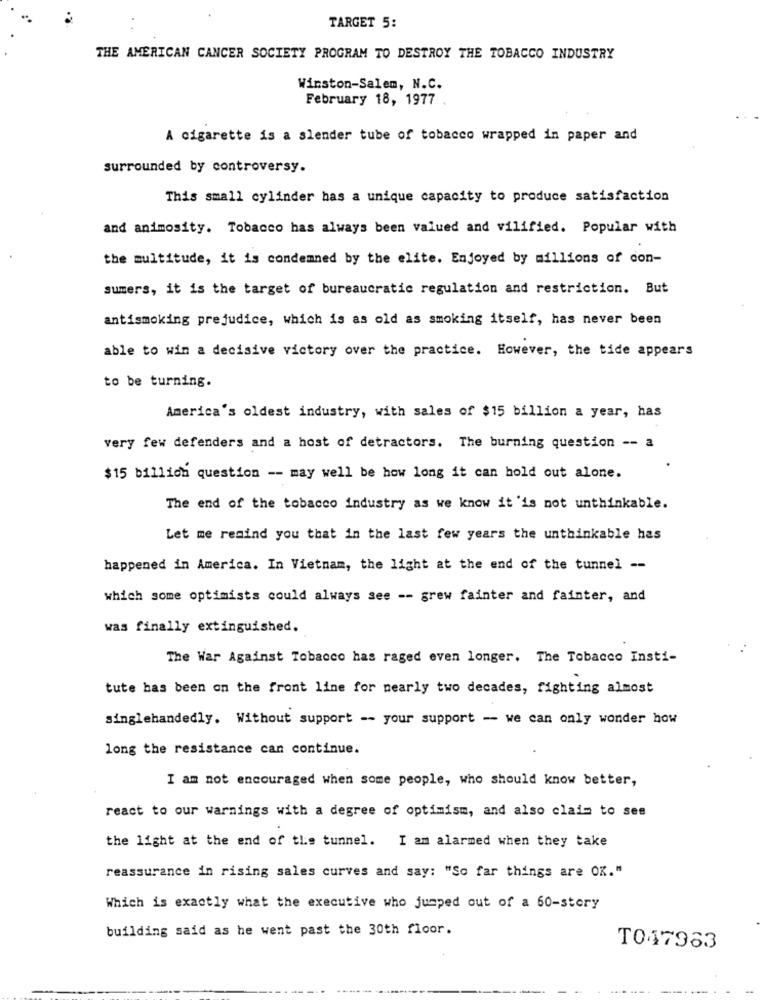
TARGET 5:
THE AMERICAN CANCER SOCIETY PROGRAM TO DESTROY THE TOBACCO INDUSTRY
Winston-Salem, N.C.
February 18, 1977
A cigarette is a slender tube of tobacco wrapped in paper and
surrounded by controversy.
This small cylinder has a unique capacity to produce satisfaction
and animosity. Tobacco has always been valued and vilified. Popular with
the multitude, it is condemned by the elite. Enjoyed by millions of con-
sumers, it is the target of bureaucratic regulation and restriction. But
antismoking prejudice, which is as old as smoking itself, has never been
able to win a decisive victory over the practice. However, the tide appears
to be turning.
America's oldest industry, with sales of $15 billion a year, has
very few defenders and a host of detractors. The burning question -- a
$15 billion question -- may well be how long it can hold out alone.
The end of the tobacco industry as we know it 'is not unthinkable.
Let me remind you that in the last few years the unthinkable has
happened in America. In Vietnam, the light at the end of the tunnel --
which some optimists could always see -- grew fainter and fainter, and
was finally extinguished.
The War Against Tobacco has raged even longer. The Tobacco Insti-
tute has been on the front line for nearly two decades, fighting almost
singlehandedly. Without support -- your support - we can only wonder how
long the resistance can continue.
I am not encouraged when some people, who should know better,
react to our warnings with a degree of optimism, and also claim to see
the light at the end of the tunnel. I am alarmed when they take
reassurance in rising sales curves and say: "So far things are OK."
Which is exactly what the executive who jumped out of a 60-story
building said as he went past the 30th floor.
T047963